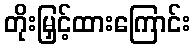
တိုးမြှင့်ထားကြောင်း